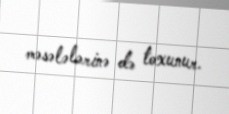
məsələlərinə də toxunur.